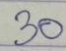
30